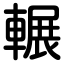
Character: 輾